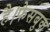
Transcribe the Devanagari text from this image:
है।फेसबुक